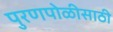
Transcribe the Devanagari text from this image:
पुरणपोळीसाठी